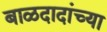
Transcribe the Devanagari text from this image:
बाळदादांच्या